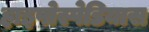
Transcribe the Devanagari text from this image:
हाइपोस्पेडियास